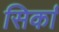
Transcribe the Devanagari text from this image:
सिर्का